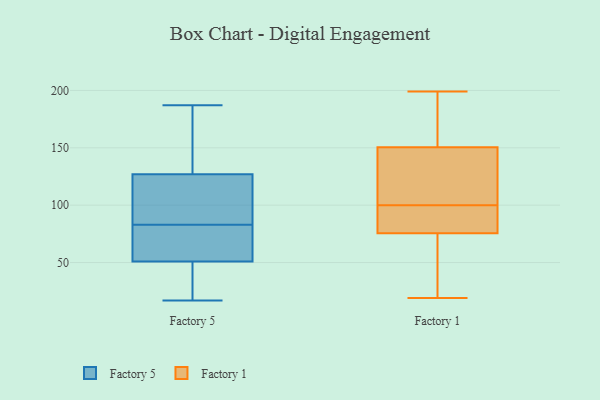
{"axis": {"x": "Active Users", "y": "Value"}, "legend": ["Factory 1", "Factory 5"], "data": [{"x": "", "y": 58, "type": "Factory 5"}, {"x": "", "y": 70, "type": "Factory 5"}, {"x": "", "y": 38, "type": "Factory 5"}, {"x": "", "y": 99, "type": "Factory 5"}, {"x": "", "y": 156, "type": "Factory 5"}, {"x": "", "y": 184, "type": "Factory 5"}, {"x": "", "y": 117, "type": "Factory 5"}, {"x": "", "y": 91, "type": "Factory 5"}, {"x": "", "y": 39, "type": "Factory 5"}, {"x": "", "y": 187, "type": "Factory 5"}, {"x": "", "y": 127, "type": "Factory 5"}, {"x": "", "y": 75, "type": "Factory 5"}, {"x": "", "y": 51, "type": "Factory 5"}, {"x": "", "y": 17, "type": "Factory 5"}, {"x": "", "y": 145, "type": "Factory 1"}, {"x": "", "y": 149, "type": "Factory 1"}, {"x": "", "y": 86, "type": "Factory 1"}, {"x": "", "y": 101, "type": "Factory 1"}, {"x": "", "y": 19, "type": "Factory 1"}, {"x": "", "y": 199, "type": "Factory 1"}, {"x": "", "y": 86, "type": "Factory 1"}, {"x": "", "y": 88, "type": "Factory 1"}, {"x": "", "y": 174, "type": "Factory 1"}, {"x": "", "y": 197, "type": "Factory 1"}, {"x": "", "y": 100, "type": "Factory 1"}, {"x": "", "y": 36, "type": "Factory 1"}, {"x": "", "y": 86, "type": "Factory 1"}, {"x": "", "y": 109, "type": "Factory 1"}, {"x": "", "y": 151, "type": "Factory 1"}, {"x": "", "y": 72, "type": "Factory 1"}, {"x": "", "y": 25, "type": "Factory 1"}, {"x": "", "y": 23, "type": "Factory 1"}, {"x": "", "y": 170, "type": "Factory 1"}]}